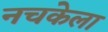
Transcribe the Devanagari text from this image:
नचकेला